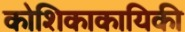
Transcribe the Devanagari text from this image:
कोशिकाकायिकी